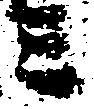
ミ